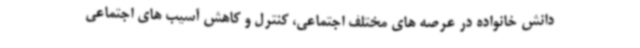
دانش خانواده در عرصه های مختلف اجتماعی، کنترل و کاهش آسیب های اجتماعی